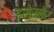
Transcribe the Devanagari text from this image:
इसेरनेर